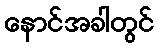
နောင်အခါတွင်